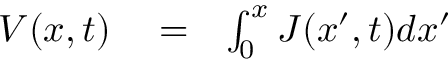
\begin{array} { r l r } { V ( x , t ) } & { { } = } & { \int _ { 0 } ^ { x } J ( x ^ { \prime } , t ) d x ^ { \prime } } \end{array}